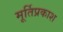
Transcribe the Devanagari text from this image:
मूर्तिप्रकाश